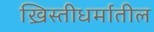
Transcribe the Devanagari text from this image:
ख्रिस्तीधर्मातील